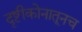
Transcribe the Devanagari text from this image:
दृष्टीकोनातूनच